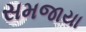
સમજાયા